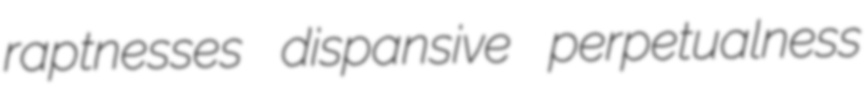
raptnesses dispansive perpetualness